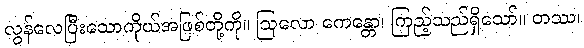
လွန်လေပြီးသောကိုယ်အဖြစ်တို့ကို။ ဩလော ကေန္တော၊ ကြည့်သည်ရှိသော်။ တဿ၊